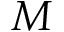
M